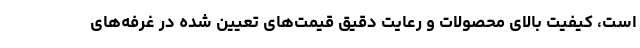
است، کیفیت بالای محصولات و رعایت دقیق قیمت‌های تعیین شده در غرفه‌های